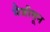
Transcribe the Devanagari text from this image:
मैत्रीतून